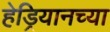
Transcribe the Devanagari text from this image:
हेड्रियानच्या